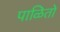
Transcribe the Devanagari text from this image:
पाळितो